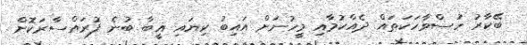
ބޭކާރު ހުސްވާހަކަތައް ދެއްކުމާއި މީހުނަށް އައިބު ކިޔައި ޣީބާ ބުނެ ފުރައްސާރަކޮށް